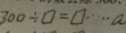
3 0 0 \div \square = \square \cdots a